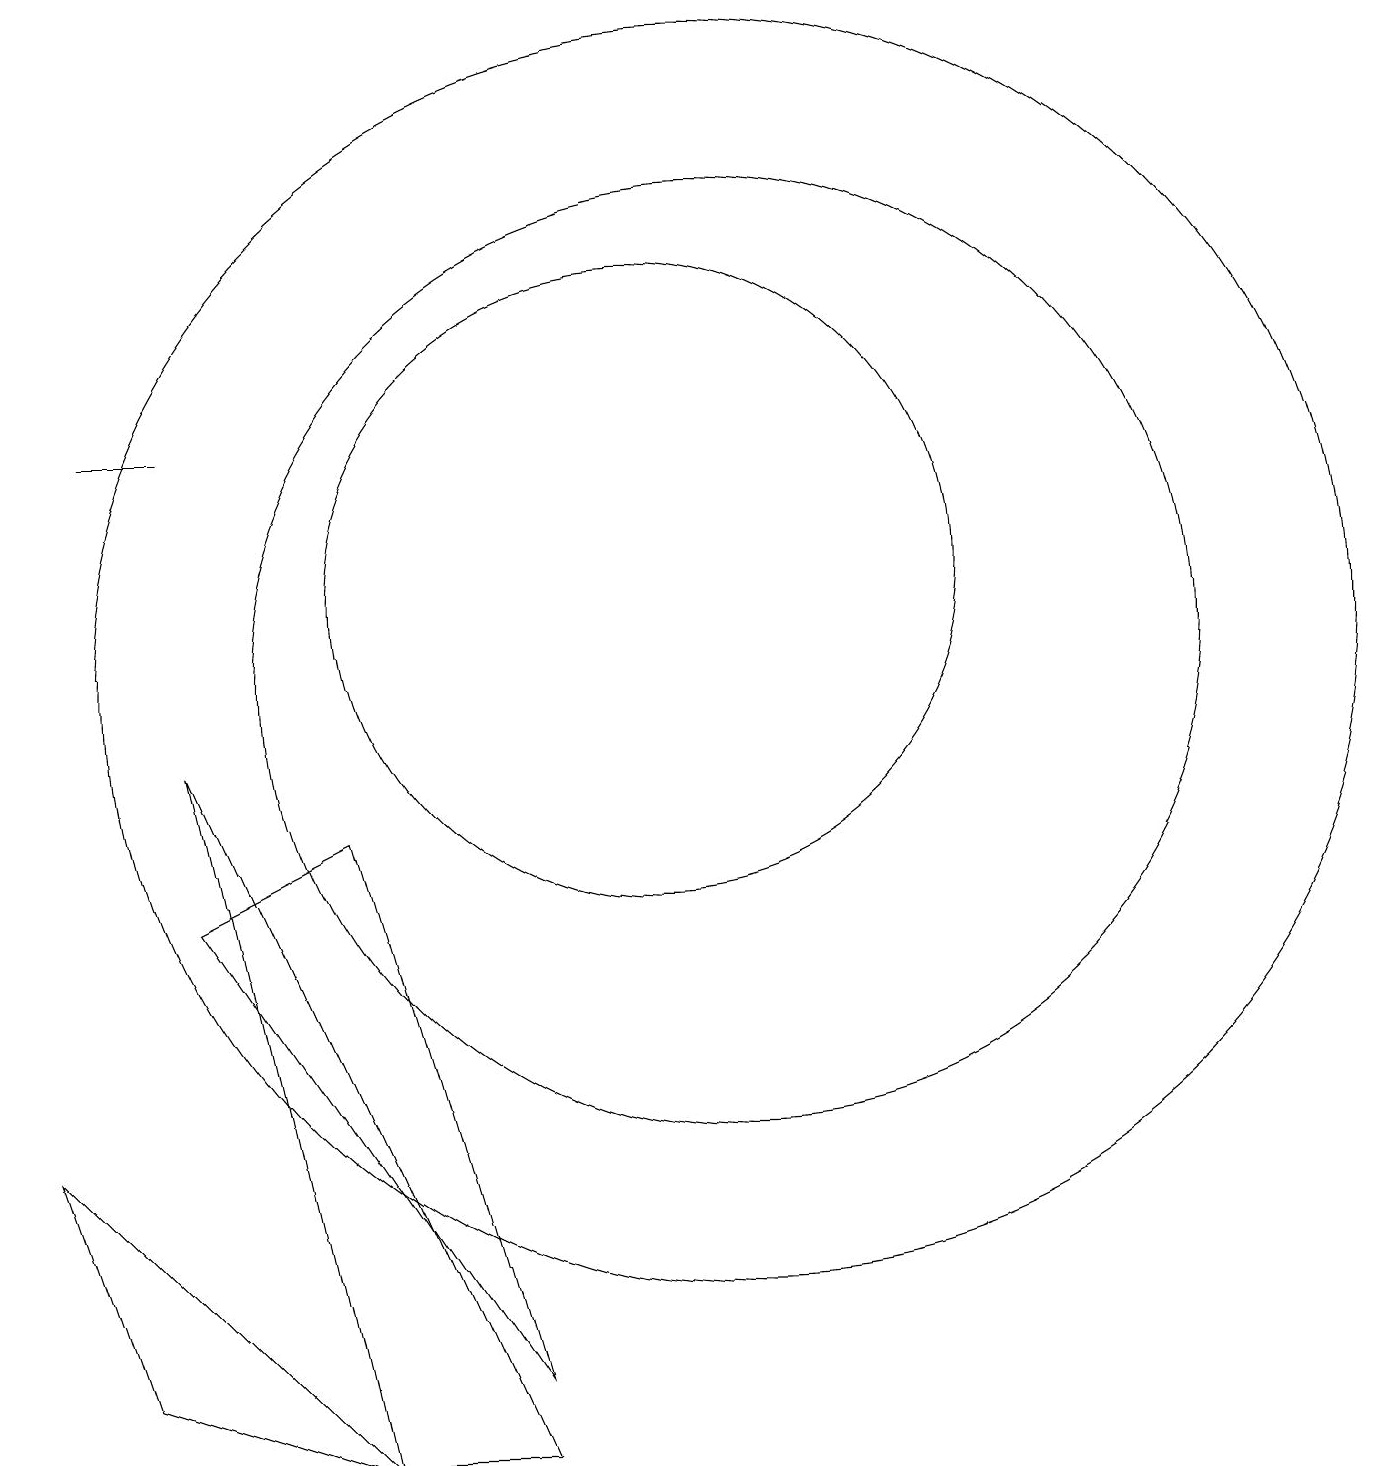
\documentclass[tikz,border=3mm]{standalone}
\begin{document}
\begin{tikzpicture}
\draw (10,11) circle (4);
\draw (8,0) -- (4,9) -- (6,0) -- cycle;
\draw (6,8) -- (4,7) -- (8,1) -- cycle;
\draw (11,10) circle (8);
\draw (4,13) rectangle (3,13);
\draw (6,0) -- (3,1) -- (2,4) -- cycle;
\draw (11,10) circle (6);
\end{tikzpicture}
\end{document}